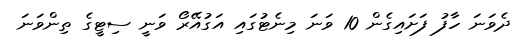
ދެވަނަ ހާފު ފަށައިގެން 10 ވަނަ މިނެޓުގައި އަގުއޭރޯ ވަނީ ސިޓީގެ ތިންވަނަ